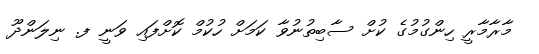
މާރާމާރީ ހިންގުމުގެ ކުށް ސާބިތުނުވާ ކަމަށް ހުކުމް ކޮށްފައި ވަނީ ފ. ނިލަންދޫ